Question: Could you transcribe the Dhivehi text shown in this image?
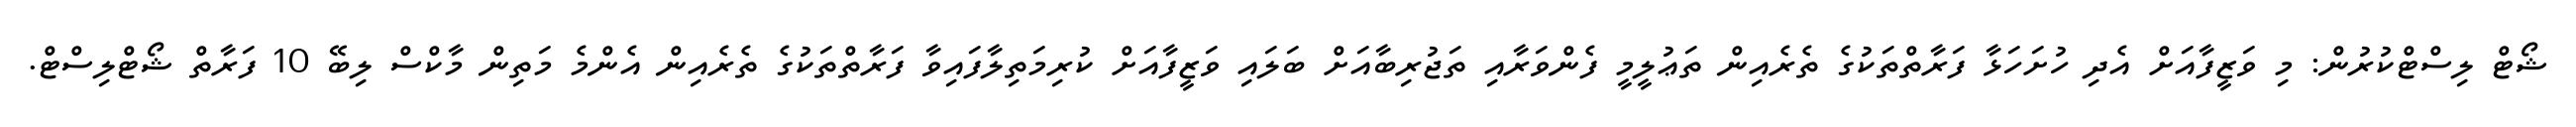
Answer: ޝޯޓް ލިސްޓްކުރުން: މި ވަޒީފާއަށް އެދި ހުށަހަޅާ ފަރާތްތަކުގެ ތެރެއިން ތަޢުލީމީ ފެންވަރާއި ތަޖުރިބާއަށް ބަލައި ވަޒީފާއަށް ކުރިމަތިލާފައިވާ ފަރާތްތަކުގެ ތެރެއިން އެންމެ މަތިން މާކްސް ލިބޭ 10 ފަރާތް ޝޯޓްލިސްޓް.